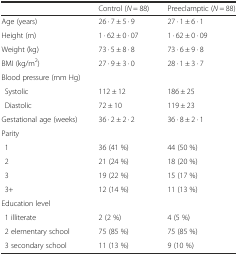
<table><thead><tr><td></td><td><b>Control (<i>N</i> = 88)</b></td><td><b>Preeclamptic (<i>N</i> = 88)</b></td></tr></thead><tbody><tr><td>Age (years)</td><td>26 · 7 ± 5 · 9</td><td>27 · 1 ± 6 · 1</td></tr><tr><td>Height (m)</td><td>1 · 62 ± 0 · 07</td><td>1 · 62 ± 0 · 09</td></tr><tr><td>Weight (kg)</td><td>73 · 5 ± 8 · 8</td><td>73 · 6 ± 9 · 8</td></tr><tr><td>BMI (kg/m<sup>2</sup>)</td><td>27 · 9 ± 3 · 0</td><td>28 · 1 ± 3 · 7</td></tr><tr><td>Blood pressure (mm Hg)</td><td></td><td></td></tr><tr><td>Systolic</td><td>112 ± 12</td><td>186 ± 25</td></tr><tr><td>Diastolic</td><td>72 ± 10</td><td>119 ± 23</td></tr><tr><td>Gestational age (weeks)</td><td>36 · 2 ± 2 · 2</td><td>36 · 8 ± 2 · 1</td></tr><tr><td>Parity</td><td></td><td></td></tr><tr><td>1</td><td>36 (41 %)</td><td>44 (50 %)</td></tr><tr><td>2</td><td>21 (24 %)</td><td>18 (20 %)</td></tr><tr><td>3</td><td>19 (22 %)</td><td>15 (17 %)</td></tr><tr><td>3+</td><td>12 (14 %)</td><td>11 (13 %)</td></tr><tr><td>Education level</td><td></td><td></td></tr><tr><td>1 illiterate</td><td>2 (2 %)</td><td>4 (5 %)</td></tr><tr><td>2 elementary school</td><td>75 (85 %)</td><td>75 (85 %)</td></tr><tr><td>3 secondary school</td><td>11 (13 %)</td><td>9 (10 %)</td></tr></tbody></table>